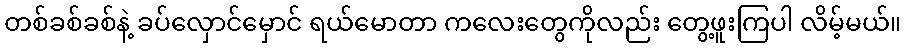
တစ်ခစ်ခစ်နဲ့ ခပ်လှောင်မှောင် ရယ်မောတာ ကလေးတွေကိုလည်း တွေ့ဖူးကြပါ လိမ့်မယ်။